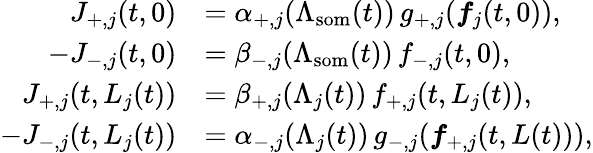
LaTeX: \begin{array}{rl}{J_{+,j}(t,0)}&{=\alpha_{+,j}(\Lambda_{\mathrm{som}}(t))\, g_{+,j}(\boldsymbol{f}_{j}(t,0)),}\\ {-J_{-,j}(t,0)}&{=\beta_{-,j}(\Lambda_{\mathrm{som}}(t))\, f_{-,j}(t,0),}\\ {J_{+,j}(t,L_{j}(t))}&{=\beta_{+,j}(\Lambda_{j}(t))\, f_{+,j}(t,L_{j}(t)),}\\ {-J_{-,j}(t,L_{j}(t))}&{=\alpha_{-,j}(\Lambda_{j}(t))\, g_{-,j}(\boldsymbol{f}_{+,j}(t,L(t))),}\end{array}